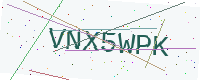
Text: VNX5WPK